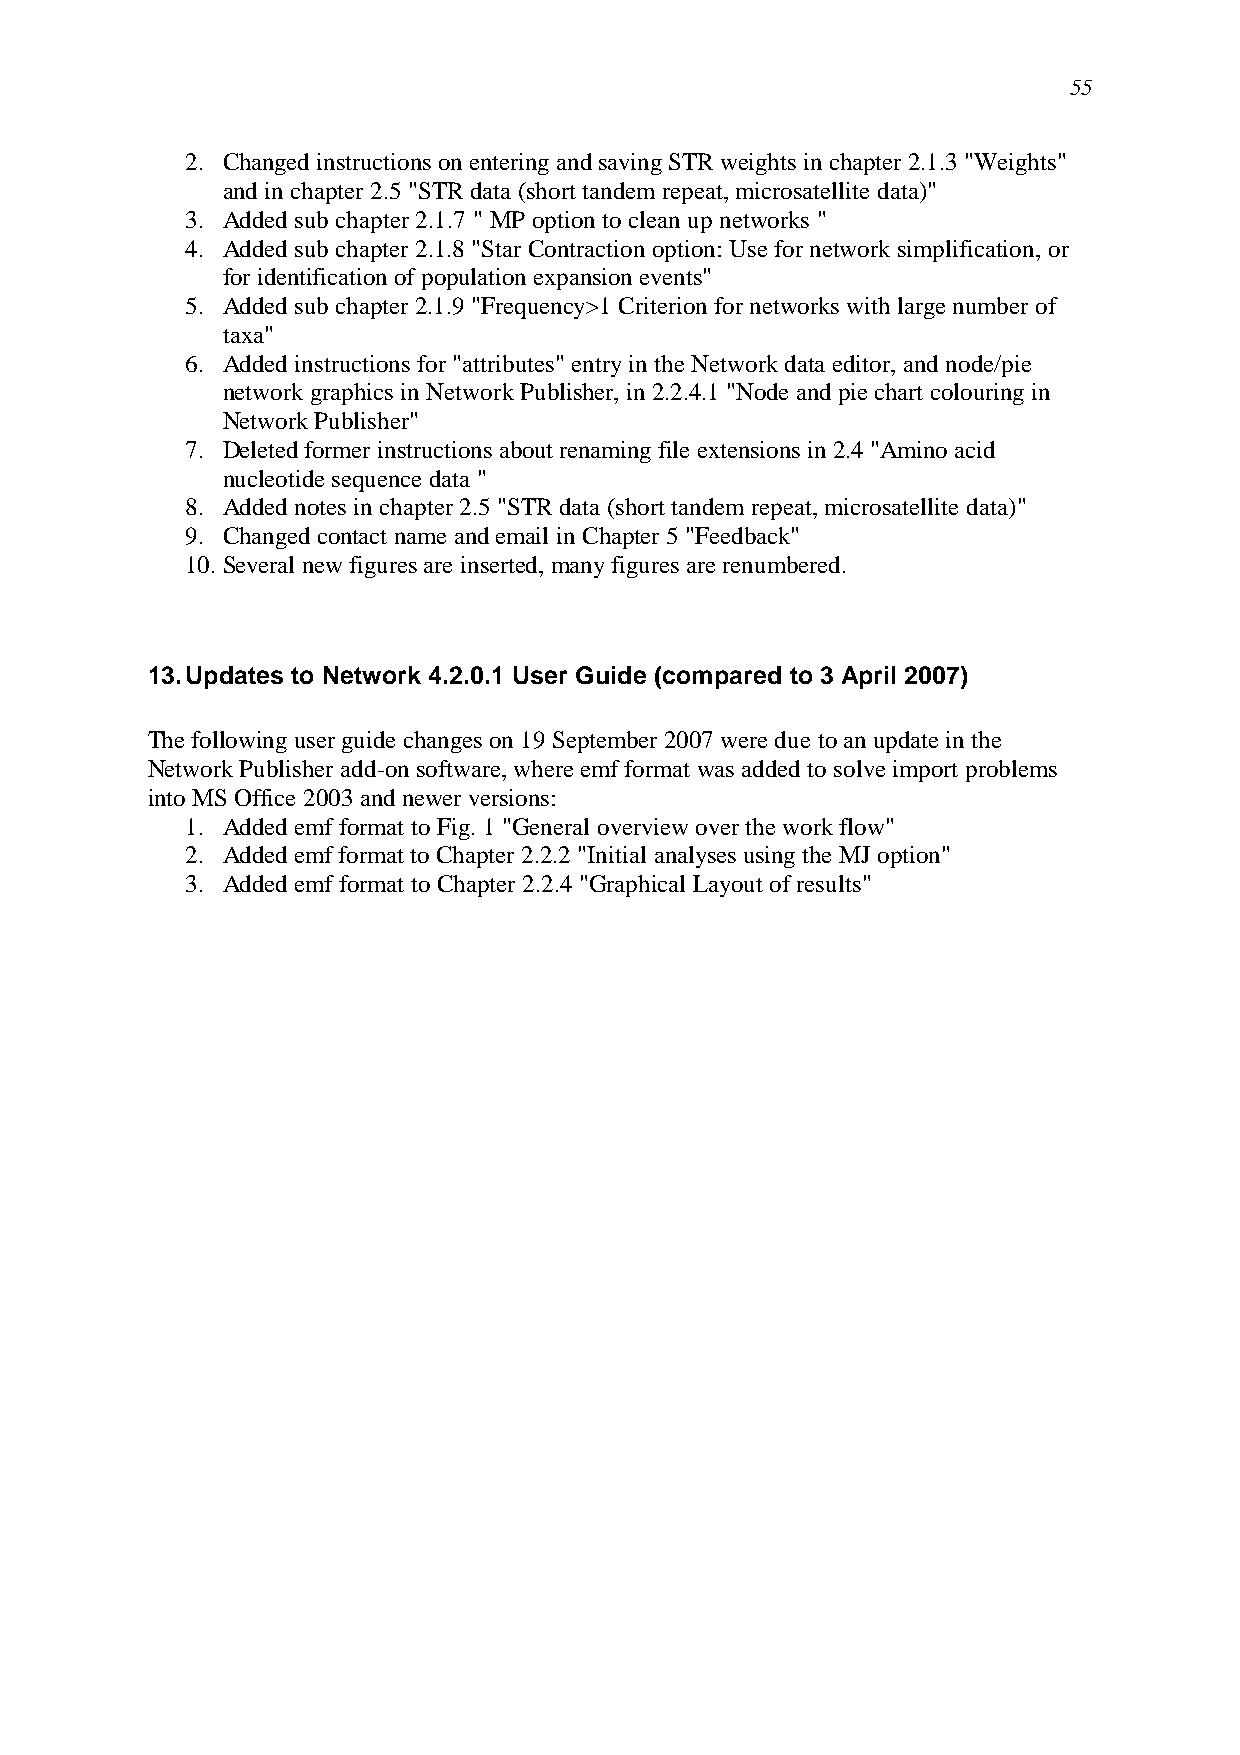
55
 2. Changed instructions on entering and saving STR weights in chapter 2.1.3 "Weights"
 and in chapter 2.5 "STR data (short tandem repeat, microsatellite data)"
 3. Added sub chapter 2.1.7 " MP option to clean up networks "
 4. Added sub chapter 2.1.8 "Star Contraction option: Use for network simplification, or
 for identification of population expansion events"
 5. Added sub chapter 2.1.9 "Frequency>1 Criterion for networks with large number of
 taxa"
 6. Added instructions for "attributes" entry in the Network data editor, and node/pie
 network graphics in Network Publisher, in 2.2.4.1 "Node and pie chart colouring in
 Network Publisher"
 7. Deleted former instructions about renaming file extensions in 2.4 "Amino acid
 nucleotide sequence data "
 8. Added notes in chapter 2.5 "STR data (short tandem repeat, microsatellite data)"
 9. Changed contact name and email in Chapter 5 "Feedback"
 10. Several new figures are inserted, many figures are renumbered.
 13. Updates to Network 4.2.0.1 User Guide (compared to 3 April 2007)
 The following user guide changes on 19 September 2007 were due to an update in the
 Network Publisher add-on software, where emf format was added to solve import problems
 into MS Office 2003 and newer versions:
 1. Added emf format to Fig. 1 "General overview over the work flow"
 2. Added emf format to Chapter 2.2.2 "Initial analyses using the MJ option"
 3. Added emf format to Chapter 2.2.4 "Graphical Layout of results"